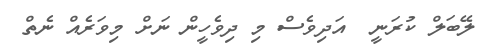
ލޭބަލް ކުރަނީ  އަދިވެސް މި ދިވެހީން ނަށް މިވަރެއް ނެތް